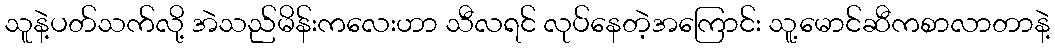
သူနဲ့ပတ်သက်လို့ အဲသည်မိန်းကလေးဟာ သီလရင် လုပ်နေတဲ့အကြောင်း သူ့မောင်ဆီကစာလာတာနဲ့